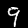
Digit: 9